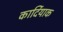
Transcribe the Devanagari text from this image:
कार्दियाक